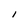
Character: I